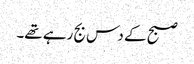
صبح کے دس بج رہے تھے۔